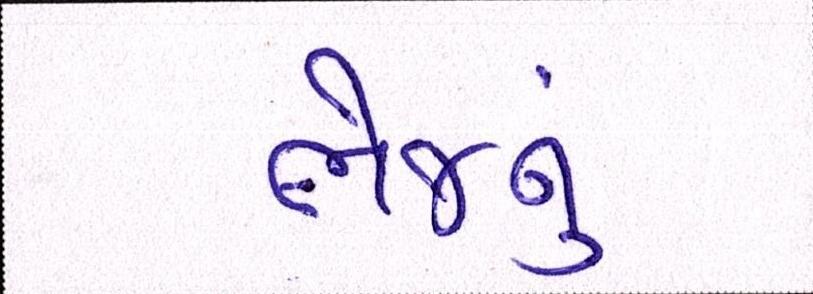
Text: ભેજનું